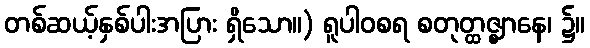
တစ်ဆယ့်နှစ်ပါးအပြား ရှိသော။) ရူပါဝစရ စတုတ္ထဇ္ဈာနေ၊ ၌။